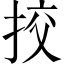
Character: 挍